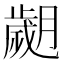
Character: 𦡖